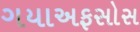
ગયાઅફસોસ